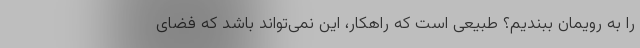
را به رویمان ببندیم؟ طبیعی است که راهکار، این نمی‌تواند باشد که فضای